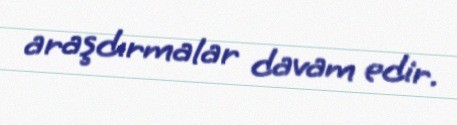
araşdırmalar davam edir.